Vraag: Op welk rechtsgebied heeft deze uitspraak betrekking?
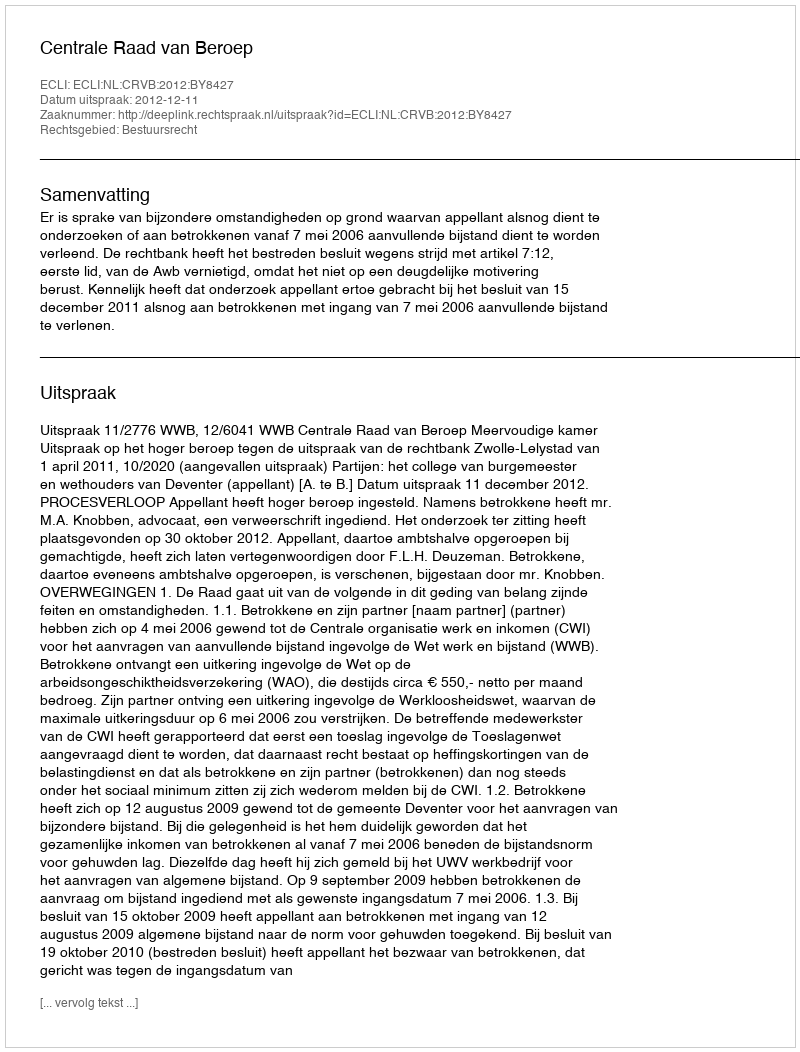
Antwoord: Bestuursrecht